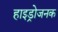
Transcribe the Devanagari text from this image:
हाइड्रोजनक